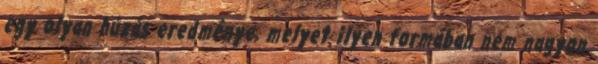
egy olyan húzás eredménye, melyet ilyen formában nem nagyon